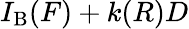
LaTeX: I_{\mathrm{B}}(F)+k(R)D